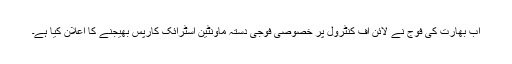
اب بھارت کی فوج نے لائن آف کنٹرول پر خصوصی فوجی دستہ ماونٹین اسٹرائک کارپس بھیجنے کا اعلان کیا ہے۔